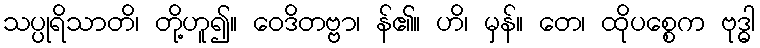
သပ္ပုရိသာတိ၊ တို့ဟူ၍။ ဝေဒိတဗ္ဗာ၊ န်၏။ ဟိ၊ မှန်။ တေ၊ ထိုပစ္စေက ဗုဒ္ဓါ